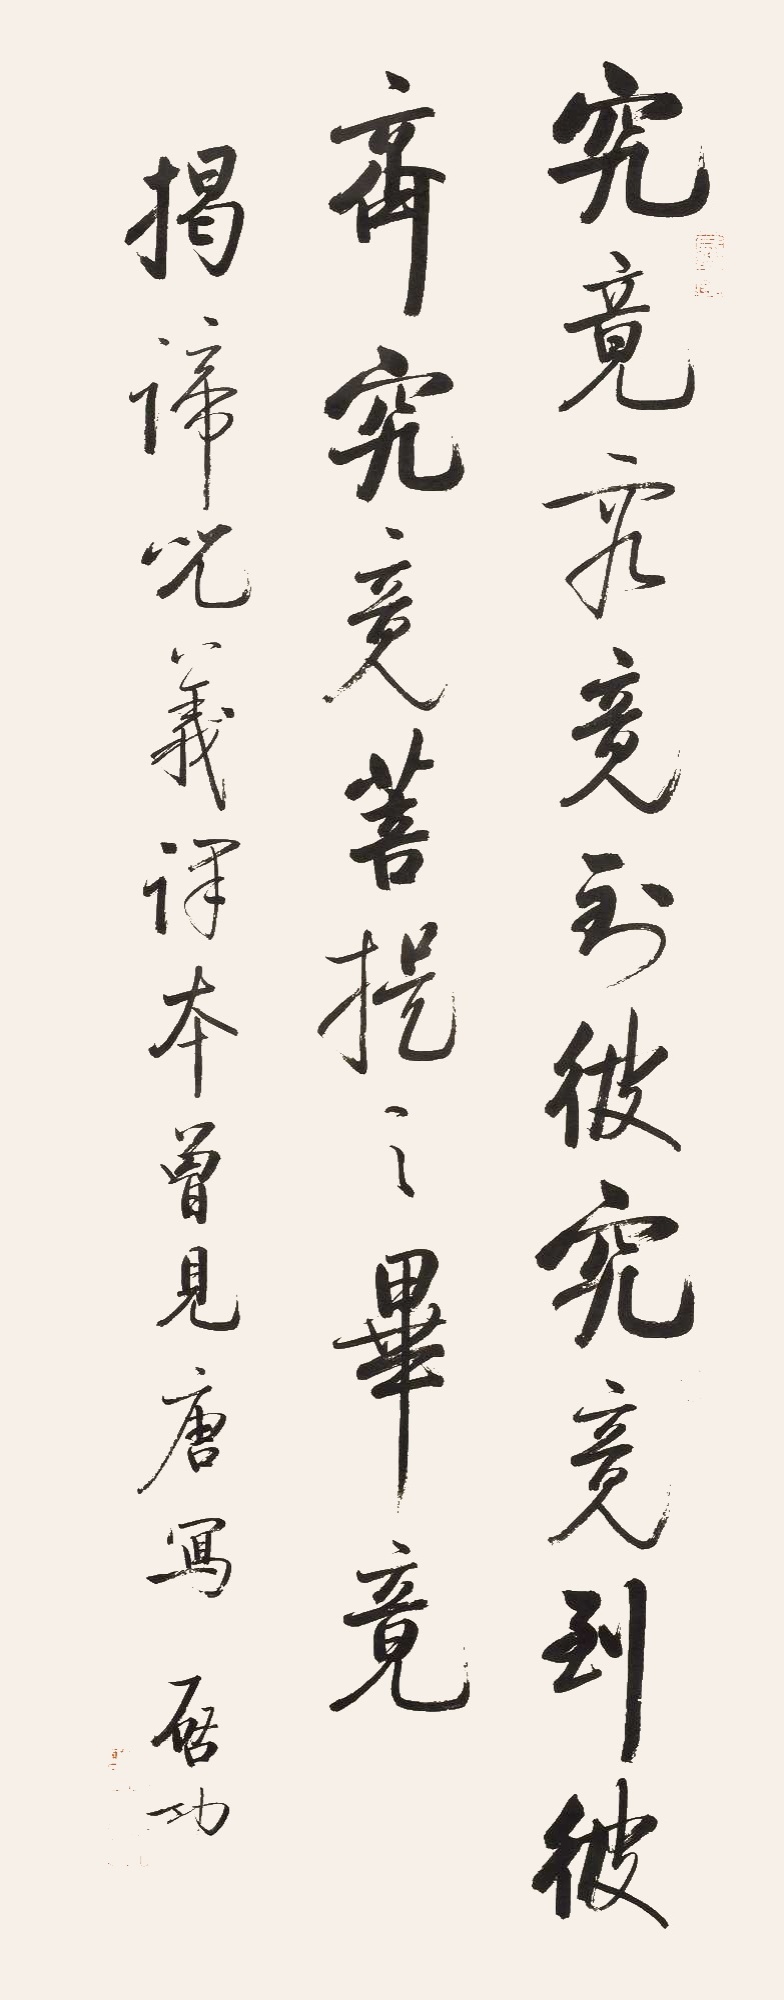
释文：究竟究竟，到彼究竟，到彼齐究竟，菩提之毕竟。揭谛咒义译本，曾见唐写。启功。